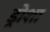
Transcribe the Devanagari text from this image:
ड्रोशा